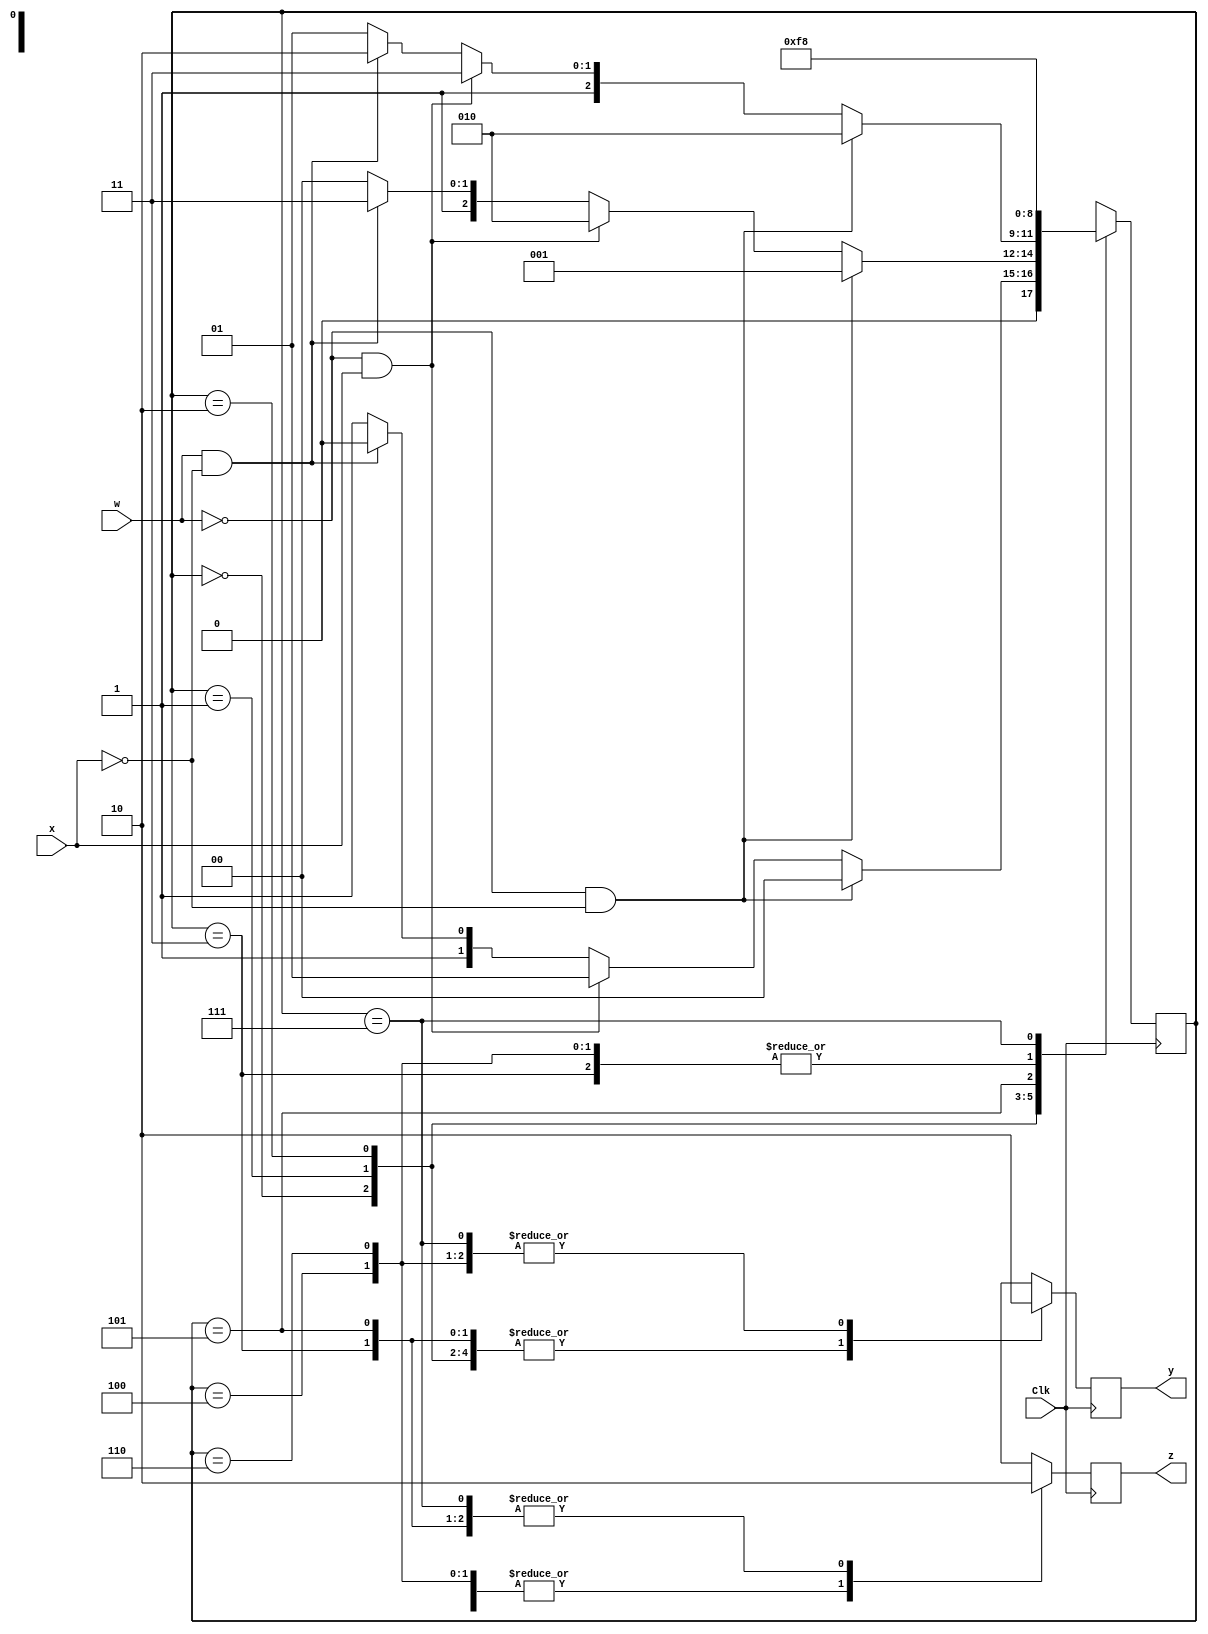
`timescale 1ns / 1ps
//////////////////////////////////////////////////////////////////////////////////
// Company: 
// Engineer: 
// 
// Design Name: 
// Module Name:    Exp8 
// Project Name: 
// Target Devices: 
// Tool versions: 
// Description: 
//
// Dependencies: 
//
// Revision: 
// Revision 0.01 - File Created
// Additional Comments: 
//
//////////////////////////////////////////////////////////////////////////////////
module Exp8(w , x , y , z , Clk);
// Parameters
   parameter A = 3'b000;
   parameter B = 3'b001;
   parameter C = 3'b010;
   parameter D = 3'b011;
   parameter E = 3'b100;
   parameter F = 3'b101;
   parameter G = 3'b110;
   parameter H = 3'b111;

//Inputs
	input w;
	input x;
	input Clk;
//Outputs
	output reg y;
	output reg  z;
//Registers
	reg [2:0] state;
	
//Behavior

	always@(posedge Clk)
         (* PARALLEL_CASE, FULL_CASE *) case (state)
            A : begin
               if (~w&~x)
                  state <= A;
               else if (~w&x)
                  state <= B;
					else if (w&~x)
                  state <= C;
               else
                  state <= D;
               y <= 1;
					z <= 1;
            end
            B : begin
               if (~w&~x)
                  state <= B;
               else if (~w&x)
                  state <= C;
					else if (w&~x)
                  state <= H;
               else
                  state <= E;
               y <= 1;
					z <= 1;
            end
            C : begin
               if (~w&~x)
                  state <= C;
               else if (~w&x)
                  state <= H;
					else if (w&~x)
                  state <= G;
               else
                  state <= F;
               y <= 1;
					z <= 1;
            end
            D : begin
               state <= H;
               y <= 1;
					z <= 0;
            end
            E : begin
               state <= H;
               y <= 0;
					z <= 1;
            end
            F : begin
               state <= D;
               y <= 1;
					z <= 0;
            end
            G : begin
               state <= H;
               y <= 0;
					z <= 1;
            end
            H : begin
               state <= A;
               y <= 0;
					z <= 0;
            end
            default : begin  // Fault Recovery
               state <= A;
               y <= 1;
					z <= 1;
            end   
         endcase
	
	
	
	
endmodule